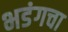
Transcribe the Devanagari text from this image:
भडंगचा